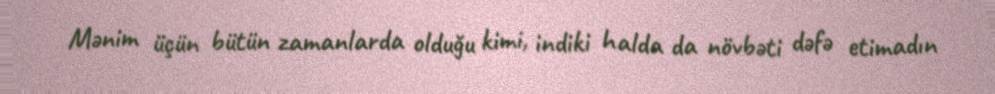
Mənim üçün bütün zamanlarda olduğu kimi, indiki halda da növbəti dəfə etimadın